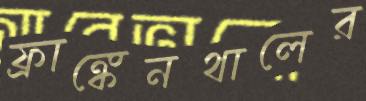
ফ্রাঙ্কেনথালের